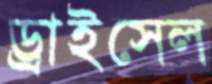
ড্রাইসেল